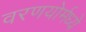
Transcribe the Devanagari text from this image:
वरणयोर्मध्ये